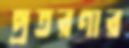
প্রতরণার